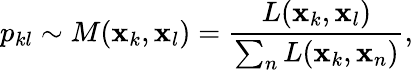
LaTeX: p_{kl}\sim M(\mathbf{x}_{k},\mathbf{x}_{l})=\frac{L(\mathbf{x}_{k},\mathbf{x}_{l})}{\sum_{n}L(\mathbf{x}_{k},\mathbf{x}_{n})},